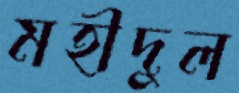
মহীদুল